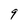
Character: 9